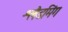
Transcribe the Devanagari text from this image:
श्लैडमिंग